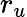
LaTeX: r_{u}